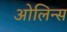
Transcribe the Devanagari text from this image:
ओलिन्स